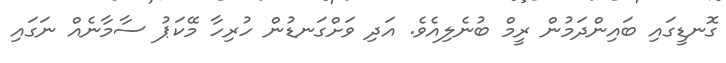
ގޮނޑީގައި ބައިންދަމުން ރީމް ބުނެލިއެވެ. އަދި ވަށްގަނޑުން ހުރިހާ މޭކަޕު ސާމާނެއް ނަގައި